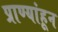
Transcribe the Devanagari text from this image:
प्राण्यांहून